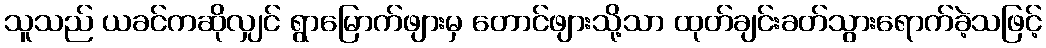
သူသည် ယခင်ကဆိုလျှင် ရွာမြောက်ဖျားမှ တောင်ဖျားသို့သာ ထုတ်ချင်းခတ်သွားရောက်ခဲ့သဖြင့်